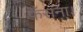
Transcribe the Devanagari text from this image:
फँसना।